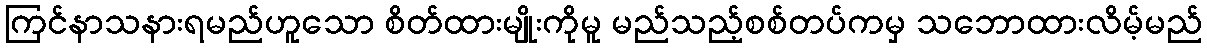
ကြင်နာသနားရမည်ဟူသော စိတ်ထားမျိုးကိုမူ မည်သည့်စစ်တပ်ကမှ သဘောထားလိမ့်မည်